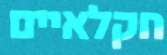
חקלאיים